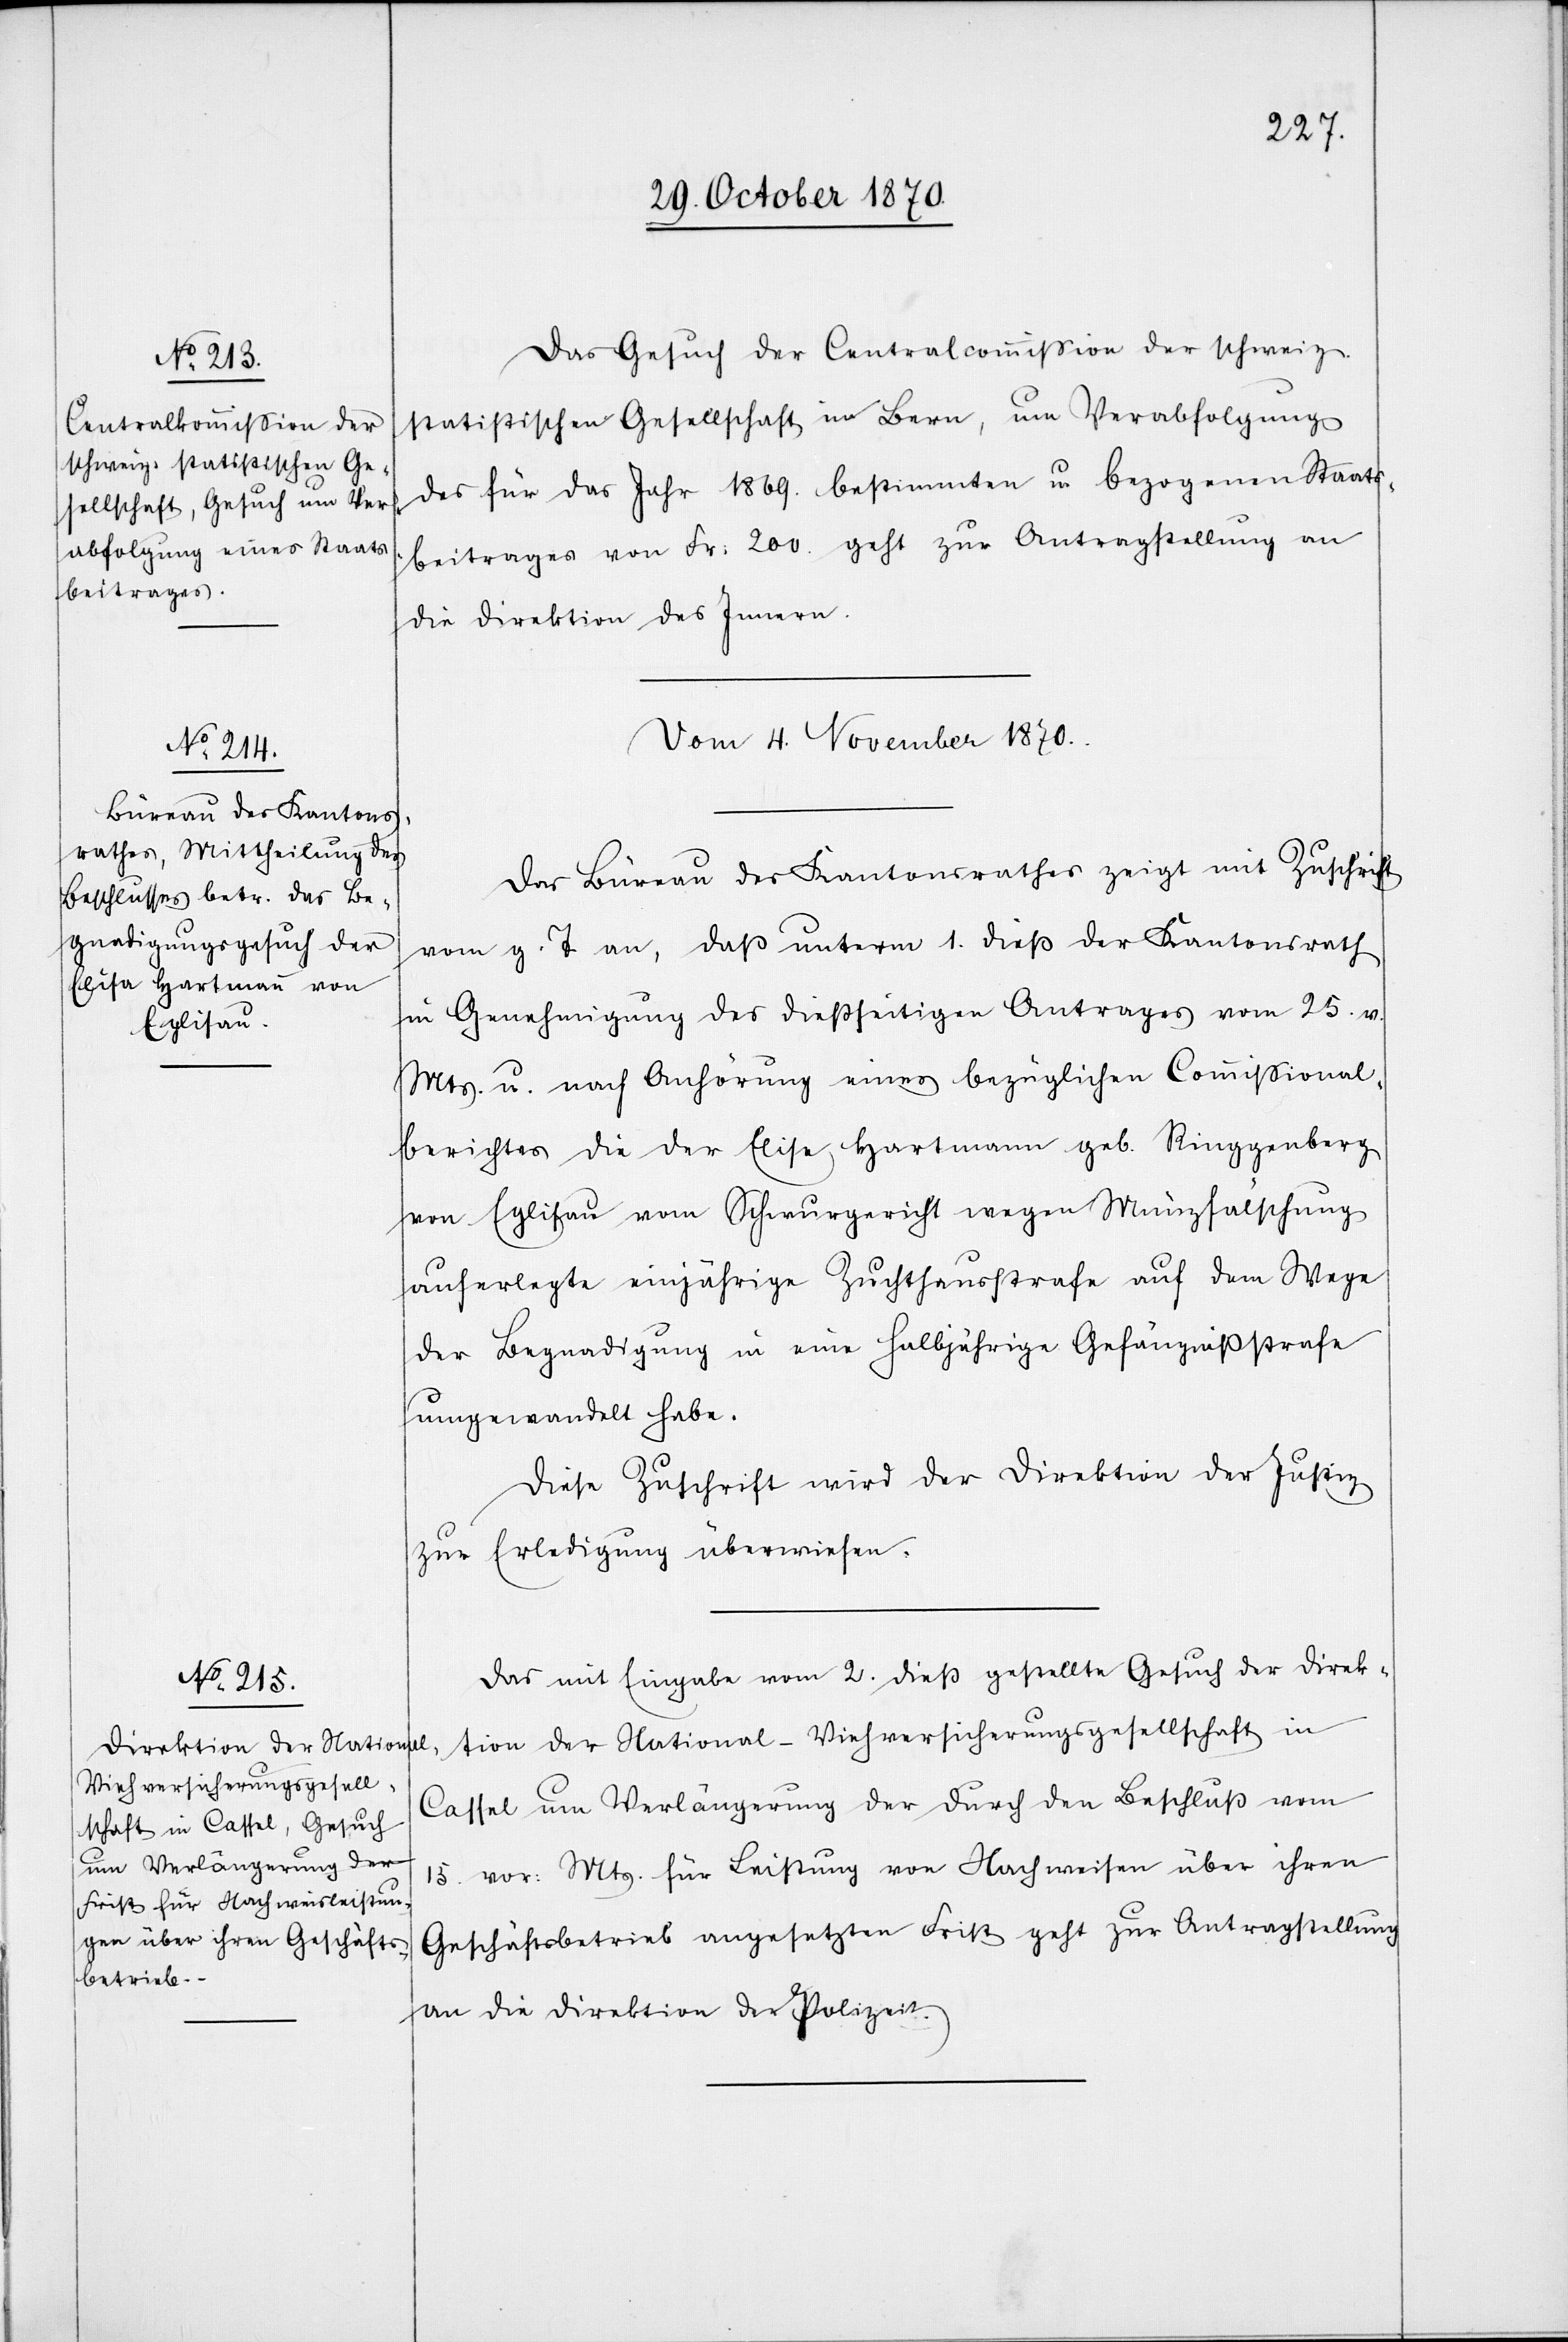
Das Gesuch der Centralkommißion der schweiz.
statistischen Gesellschaft in Bern, um Verabfolgung
des für das Jahr 1869. bestimmten u. bezogenen Staats¬
beitrages von Fr: 200. geht zur Antragstellung an
die Direktion des Innern.
Vom 4. November 1870.]
Das Büreau des Kantonsrathes zeigt mit Zuschrift
vom g. T. an, daß unterm 1. dieß der Kantonsrath
in Genehmigung des dießseitigen Antrages vom 25. v.
Mts. u. nach Anhörung eines bezüglichen Commißional¬
berichtes die der Elise [sic!] Hartmann geb. Ringgenberg
von Eglisau vom Schwurgericht wegen Münzfälschung
auferlegte einjährige Zuchthausstrafe auf dem Wege
der Begnadigung in eine halbjährige Gefängnißstrafe
umgewandelt habe.
Diese Zuschrift wird der Direktion der Justiz
zur Erledigung überwiesen.
Das mit Eingabe vom 2. dieß gestellte Gesuch der Direk¬
tion der National-Viehversicherungsgesellschaft in
Cassel um Verlängerung der durch den Beschluß vom
15. vor: Mts. für Leistung von Nachweisen über ihren
Geschäftsbetrieb angesetzten Frist geht zur Antragstellung
an die Direktion der Polizei.